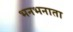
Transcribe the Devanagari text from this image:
भनभनाता